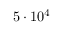
5 \cdot 1 0 ^ { 4 }